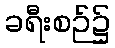
ခရီးစဉ်၌